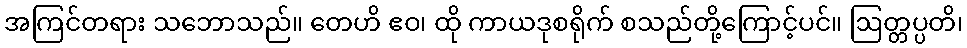
အကြင်တရား သဘောသည်။ တေဟိ ဧဝ၊ ထို ကာယဒုစရိုက် စသည်တို့ကြောင့်ပင်။ ဩတ္တပ္ပတိ၊